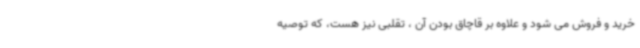
خرید و فروش می شود و علاوه بر قاچاق بودن آن ، تقلبی نیز هست، که توصیه